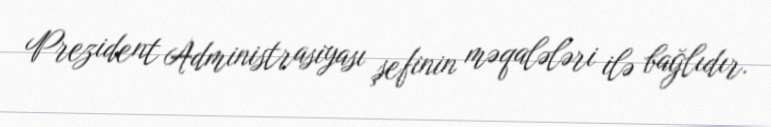
Prezident Administrasiyası şefinin məqalələri ilə bağlıdır.